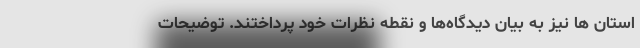
استان ها نیز به بیان دیدگاه‌ها و نقطه نظرات خود پرداختند. توضیحات